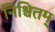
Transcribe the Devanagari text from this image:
निश्चितम्